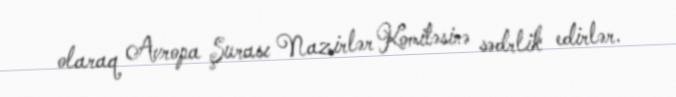
olaraq Avropa Şurası Nazirlər Komitəsinə sədrlik edirlər.